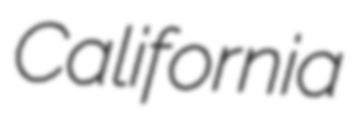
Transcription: California